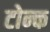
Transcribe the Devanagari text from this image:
टोन्क